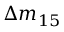
\Delta { m } _ { 1 5 }